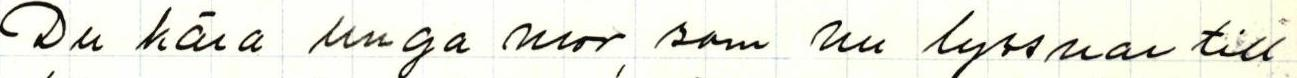
Du kära unga mor, som nu lyssnar till